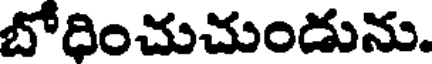
బోధించుచుండును.